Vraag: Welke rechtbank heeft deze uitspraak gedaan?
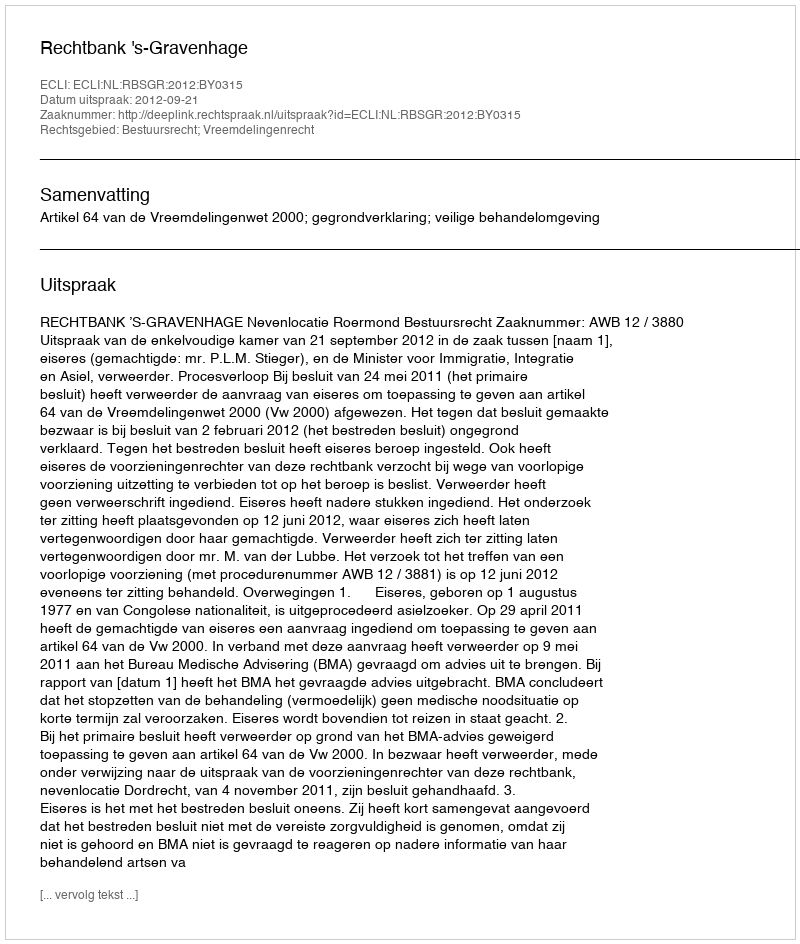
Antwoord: Rechtbank 's-Gravenhage